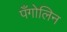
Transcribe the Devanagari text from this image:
पँगोलिन